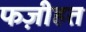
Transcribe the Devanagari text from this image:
फज़ीहत